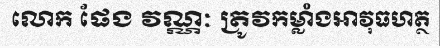
លោក ផែង វណ្ណៈ ត្រូវកម្លាំងអាវុធហត្ថ